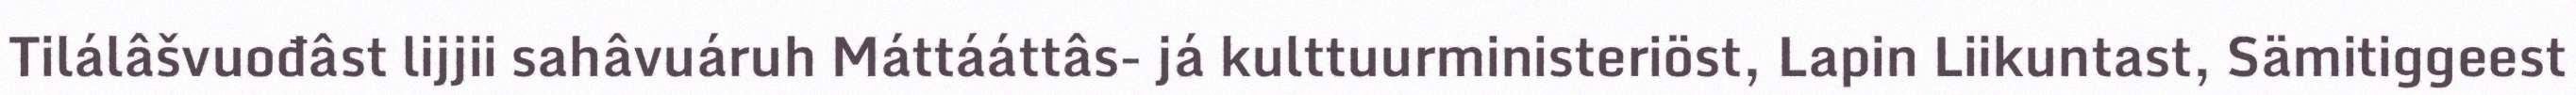
Tilálâšvuođâst lijjii sahâvuáruh Máttááttâs- já kulttuurministeriöst, Lapin Liikuntast, Sämitiggeest